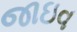
જાઇવ